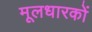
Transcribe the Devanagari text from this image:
मूलधारकों